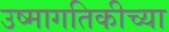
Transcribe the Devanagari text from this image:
उष्मागतिकीच्या